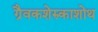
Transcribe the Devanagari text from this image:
ग्रैवकशेरुकाशोथ